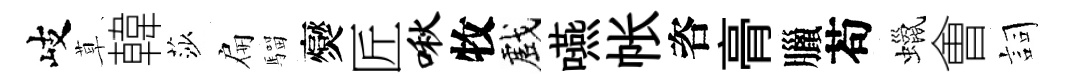
岐草韓莎扁騮爕匠啾牧戲嚥帐咨𮌔臘苟蠟㑹詞